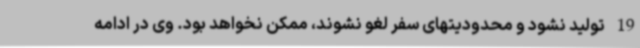
19 تولید نشود و محدودیتهای سفر لغو نشوند، ممکن نخواهد بود. وی در ادامه